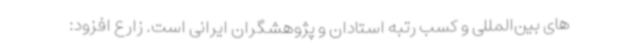
های بین‌المللی و کسب رتبه استادان و پژوهشگران ایرانی است. زارع افزود: